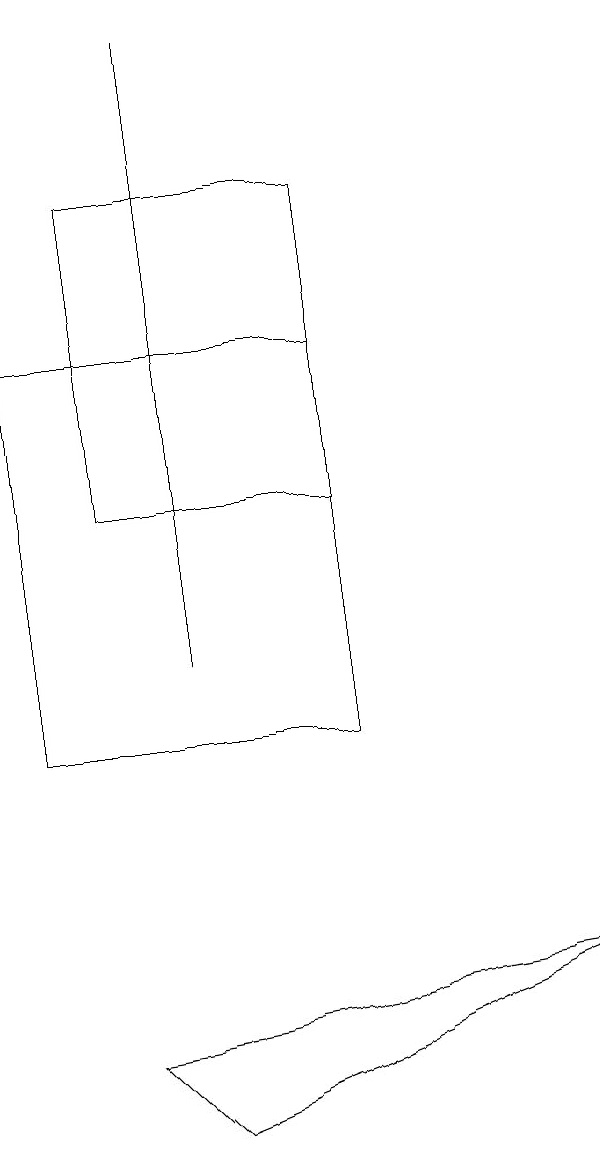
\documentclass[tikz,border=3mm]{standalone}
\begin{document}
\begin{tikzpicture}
\draw (3,5) -- (8,7) -- (2,6) -- cycle;
\draw (5,10) rectangle (1,15);
\draw (2,17) rectangle (5,13);
\draw (3,19) rectangle (3,11);
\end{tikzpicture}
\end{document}